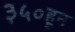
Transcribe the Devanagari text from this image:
३५०हून